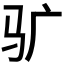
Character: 𱄾